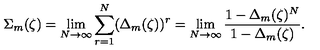
\Sigma _ { m } ( \zeta ) = \lim _ { N \rightarrow \infty } \sum _ { r = 1 } ^ { N } ( \Delta _ { m } ( \zeta ) ) ^ { r } = \lim _ { N \rightarrow \infty } { \frac { 1 - \Delta _ { m } ( \zeta ) ^ { N } } { 1 - \Delta _ { m } ( \zeta ) } } .